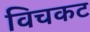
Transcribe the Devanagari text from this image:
विचकट